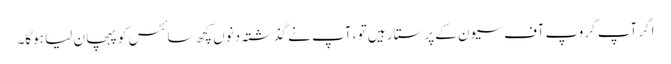
اگر آپ گروپ آف سیون کے پرستار ہیں تو ، آپ نے گذشتہ دنوں کچھ سائٹس کو پہچان لیا ہوگا۔